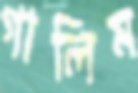
গালিম